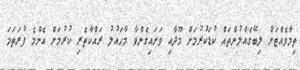
ތިމާވެއްޓަށް ލިބޭގެއްލުންތައް ކުޑަކުރުމަށް މޫދާއި ވަށައިގެންވާ މާޙައުލު ރައްކާތެރި ކުރުމަށް އެންމެ ފުރަތަމަ